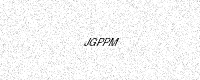
Text: JGPPM